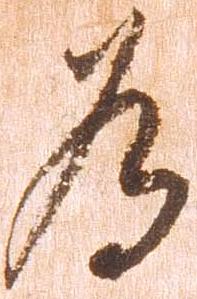
為